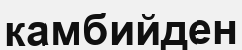
камбийден